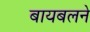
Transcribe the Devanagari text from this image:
बायबलने